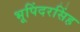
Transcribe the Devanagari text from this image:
भूपिंदरसिंह